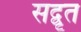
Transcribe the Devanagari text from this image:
सद्वृत